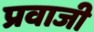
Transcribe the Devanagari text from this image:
प्रवाजी